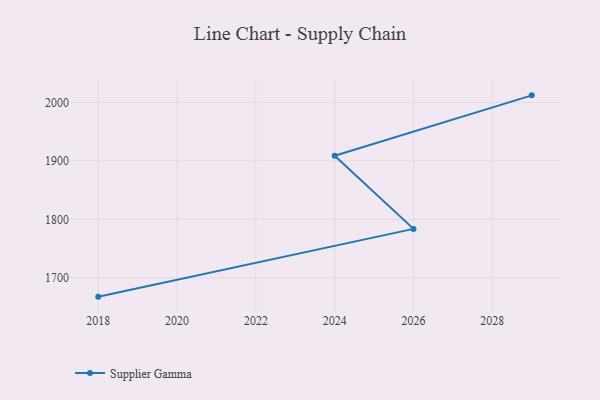
{"axis": {"x": "Year", "y": "Bounce Rate (%)"}, "legend": ["Supplier Gamma"], "data": [{"x": "2018", "y": 1668.0, "type": "Supplier Gamma"}, {"x": "2026", "y": 1783.8, "type": "Supplier Gamma"}, {"x": "2024", "y": 1908.9, "type": "Supplier Gamma"}, {"x": "2029", "y": 2012.0, "type": "Supplier Gamma"}]}